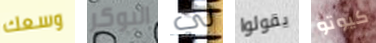
وسعك البوكر لي يقولوا كيوتو